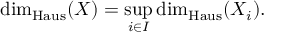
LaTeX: \dim _ { \operatorname { H a u s } } ( X ) = \operatorname* { s u p } _ { i \in I } \dim _ { \operatorname { H a u s } } ( X _ { i } ) .